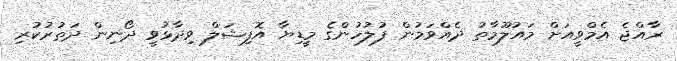
ރާއްޖެ އެމްވީއަށް މައުލޫމާތު ދެއްވަމުން ފުލުހުންގެ މީޑިޔާ އޮފިޝަލް ވިދާޅުވީ ދޯނިން ދަތުރުކުރި